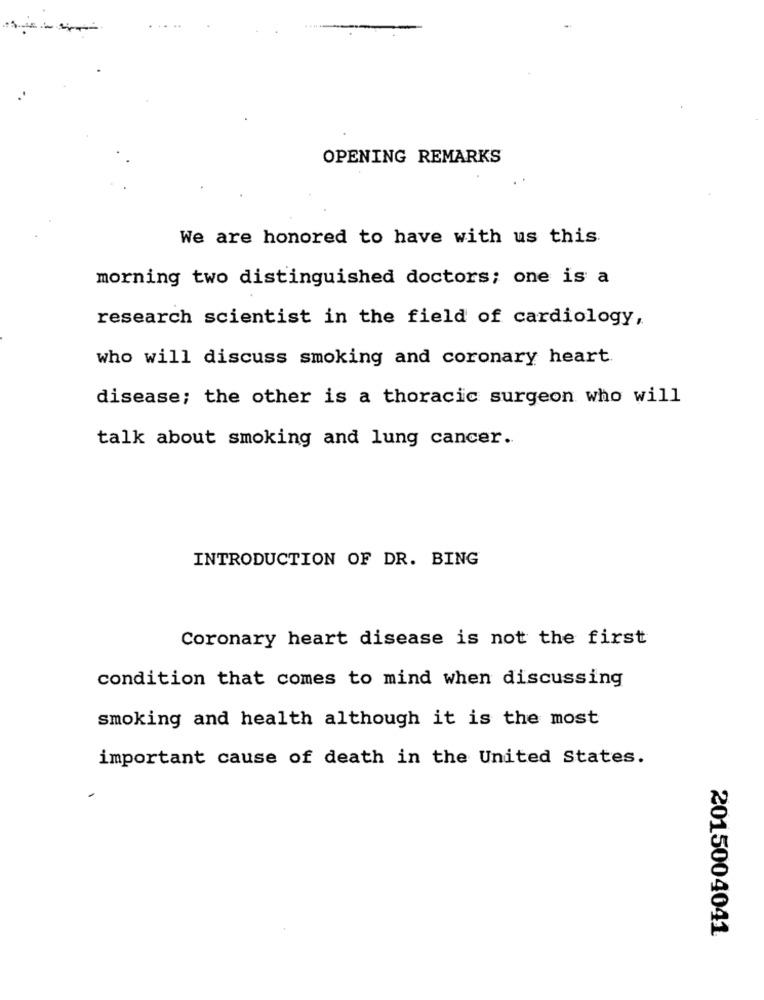
OPENING REMARKS
We are honored to have with us this
morning two distinguished doctors; one is a
research scientist in the field of cardiology,
who will discuss smoking and coronary heart
disease; the other is a thoracic surgeon who will
talk about smoking and lung cancer.
INTRODUCTION OF DR. BING
Coronary heart disease is not the first
condition that comes to mind when discussing
smoking and health although it is the most
important cause of death in the United States.
2015004041